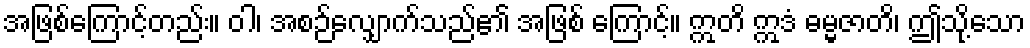
အဖြစ်ကြောင့်တည်း။ ဝါ၊ အစဉ်လျှောက်သည်၏ အဖြစ် ကြောင့်။ ဣတိ ဣဒံ ဓမ္မဇာတိ၊ ဤသို့သော